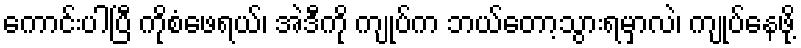
ကောင်းပါပြီ ကိုစံဖေရယ်၊ အဲဒီကို ကျုပ်က ဘယ်တော့သွားရမှာလဲ၊ ကျုပ်နေဖို့